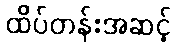
ထိပ်တန်းအဆင့်